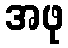
အဖု